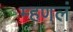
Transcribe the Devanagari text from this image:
म्हणलं